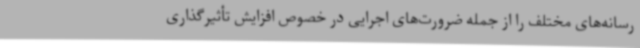
رسانه‌های مختلف را از جمله ضرورت‌های اجرایی در خصوص افزایش تأثیرگذاری